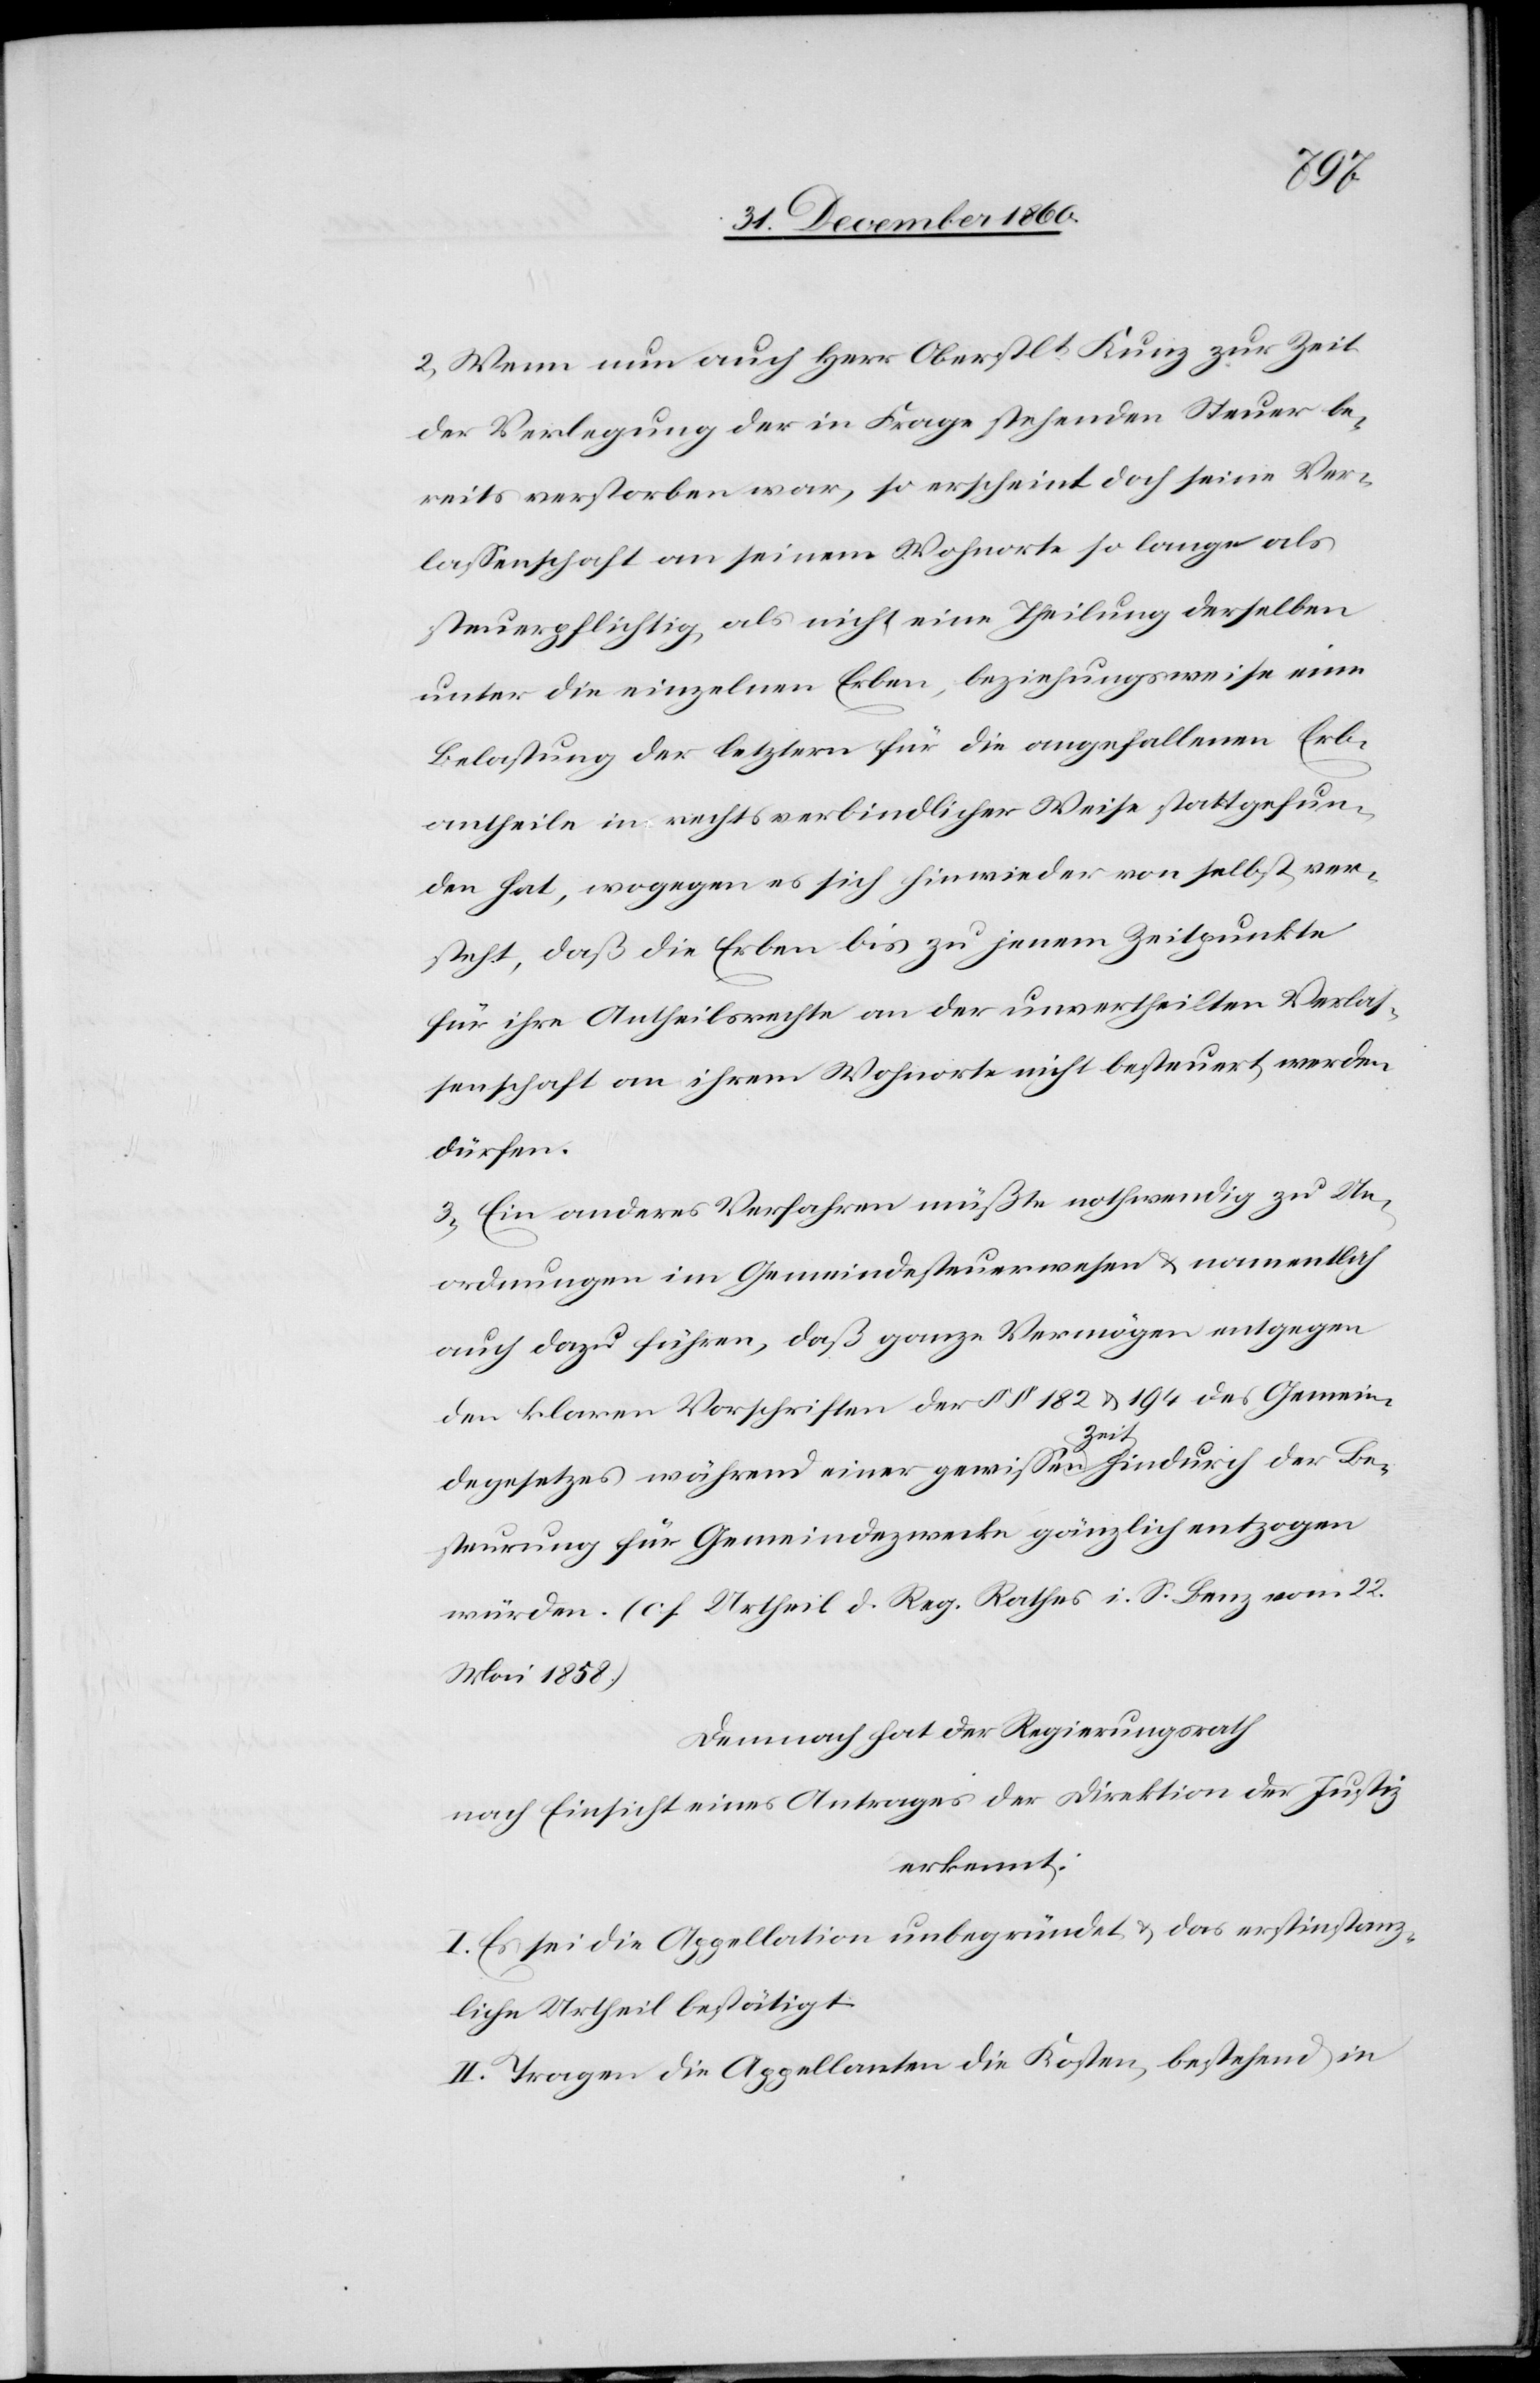
2. Wenn nun auch Herr Oberstlt Kunz zur Zeit
der Verlegung der in Frage stehenden Steuer be¬
reits verstorben war, so erscheint doch seine Ver¬
lassenschaft an seinem Wohnorte so lange als
steuerpflichtig, als nicht eine Theilung derselben
unter die einzelnen Erben, beziehungsweise eine
Belastung der letztern für die angefallenen Erb¬
antheile in rechtsverbindlicher Weise stattgefun¬
den hat, wogegen es sich hinwieder von selbst ver¬
steht, daß die Erben bis zu jenem Zeitpunkte
für ihre Antheilsrechte an der unvertheilten Verlas¬
senschaft an ihrem Wohnorte nicht besteuert werden
dürfen.
3. Ein anderes Verfahren müßte nothwendig zu Un¬
ordnungen im Gemeindesteuerwesen u. namentlich
auch dazu führen, daß ganze Vermögen entgegen
den klaren Vorschriften der §§ 182 u. 194 des Gemein¬
degesetzes während einer gewissen Zeit hindurch der Be¬
steurung für Gemeindezwecke dienlich entzogen
würden. (cf. Urtheil d. Reg. Rathes i. S. Benz vom 22.
Mai 1858).
Demnach hat der Regierungsrath
nach Einsicht eines Antrages der Direktion der Justiz,
erkennt:
I. Es sei die Appellation unbegründet u. das erstinstanz¬
liche Urtheil bestätigt.
II. Tragen die Appellanten die Kosten, bestehend in